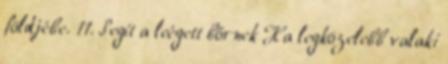
földjébe. 11. Segít a leégett bőrnek Ha legközelebb valaki